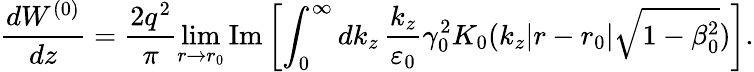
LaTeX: \frac{dW^{(0)}}{dz}=\frac{2q^{2}}{\pi}\operatorname*{lim}_{r\rightarrow r_{0}}\mathrm{Im}\left[\int_{0}^{\infty}dk_{z}\, \frac{k_{z}}{\varepsilon_{0}}\gamma_{0}^{2}K_{0}(k_{z}|r-r_{0}|\sqrt{1-\beta_{0}^{2}})\right].